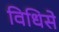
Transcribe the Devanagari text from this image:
विधिसे